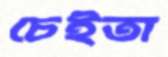
চেইতা